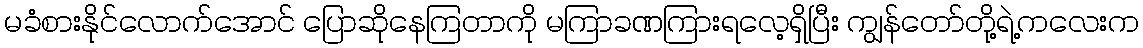
မခံစားနိုင်လောက်အောင် ပြောဆိုနေကြတာကို မကြာခဏကြားရလေ့ရှိပြီး ကျွန်တော်တို့ရဲ့ကလေးက